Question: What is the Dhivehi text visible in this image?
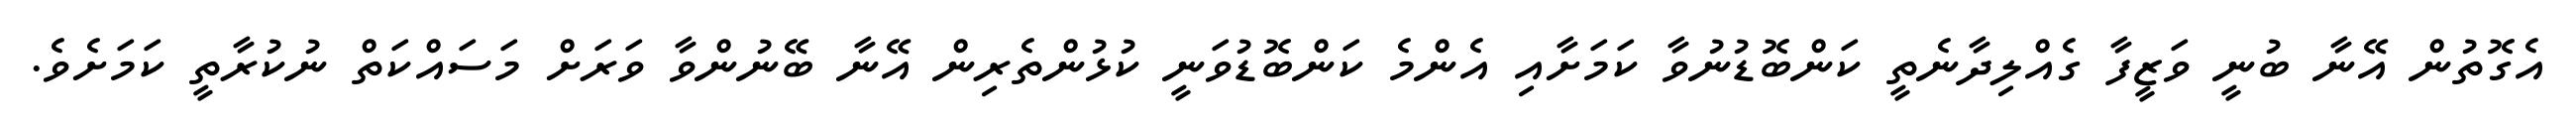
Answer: އެގޮތުން އޭނާ ބުނީ ވަޒީފާ ގެއްލިދާނެތީ ކަންބޮޑުނުވާ ކަމަށާއި އެންމެ ކަންބޮޑުވަނީ ކުޅުންތެރިން އޭނާ ބޭނުންވާ ވަރަށް މަސައްކަތް ނުކުރާތީ ކަމަށެވެ.